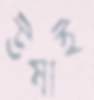
উষাই